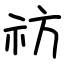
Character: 祊